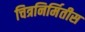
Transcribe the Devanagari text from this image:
चित्रनिर्मितीस